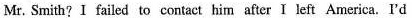
Mr. Smith?I failed to contact him after I left America. I'd